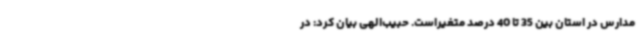
مدارس در استان بین 35 تا 40 درصد متغیراست. حبیب‌الهی بیان کرد: در